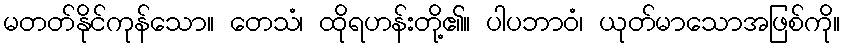
မတတ်နိုင်ကုန်သော။ တေသံ၊ ထိုရဟန်းတို့၏။ ပါပဘာဝံ၊ ယုတ်မာသောအဖြစ်ကို။